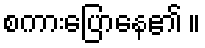
စကားပြောနေ၏ ။